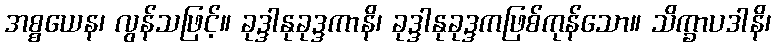
အစ္စယေန၊ လွန်သဖြင့်။ ခုဒ္ဒါနုခုဒ္ဒကာနိ၊ ခုဒ္ဒါနုခုဒ္ဒကဖြစ်ကုန်သော။ သိက္ခာပဒါနိ၊